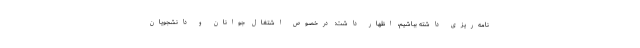
نامه‌ریزی داشته بباشیم، اظهار داشت: درخصوص اشتغال جوانان و دانشجویان